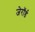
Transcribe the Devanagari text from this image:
जेरॉर्ड